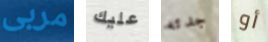
مربى عليك جدته أو